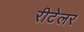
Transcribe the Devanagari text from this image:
रीटेलर